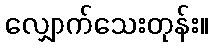
လျှောက်သေးတုန်း။